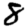
Digit: 8